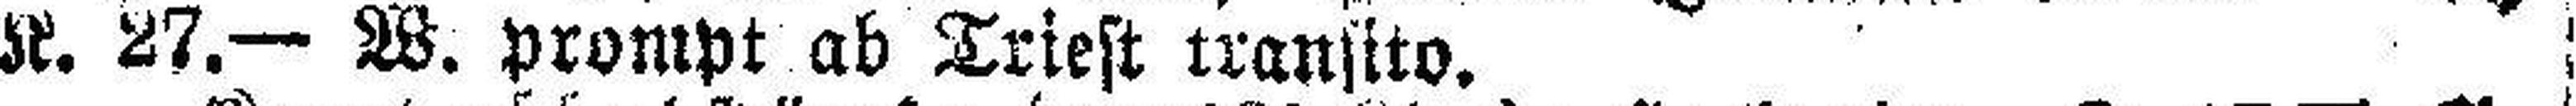
K. 27.— W. prompt ab Triest transito.